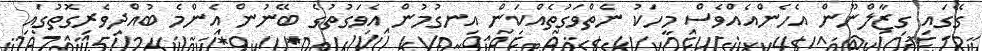
ގޭގައި ގިޒާލްނޫން އެހެންއެއްވެސް މީހަކު ނެތްވަގުތެއްކަން އިނގުމުން އެވަގުތުގެ ބޭނުން އެންމެ ބުއްދިވެރިގޮތުގައި